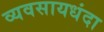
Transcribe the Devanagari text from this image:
व्यवसायधंदा